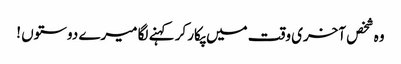
وہ شخص آخری وقت میں پکار کر کہنے لگا میرے دوستوں !